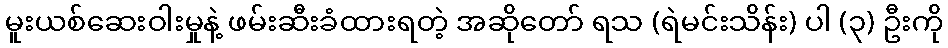
မူးယစ်ဆေးဝါးမှုနဲ့ ဖမ်းဆီးခံထားရတဲ့ အဆိုတော် ရသ (ရဲမင်းသိန်း) ပါ (၃) ဦးကို